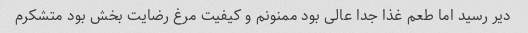
دیر رسید اما طعم غذا جدا عالی بود ممنونم و کیفیت مرغ رضایت بخش بود متشکرم